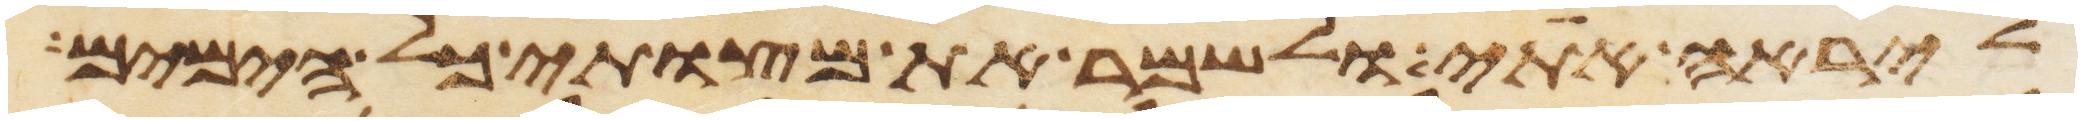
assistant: ליראה אתי ולשמר את מצותי כל הימים